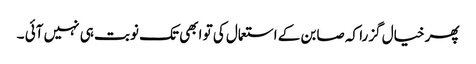
پھر خیال گزرا کہ صابن کے استعمال کی تو ابھی تک نوبت ہی نہیں آئی ۔